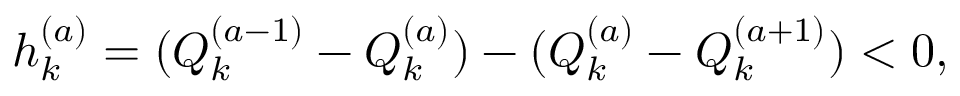
h _ { k } ^ { ( a ) } = ( Q _ { k } ^ { ( a - 1 ) } - Q _ { k } ^ { ( a ) } ) - ( Q _ { k } ^ { ( a ) } - Q _ { k } ^ { ( a + 1 ) } ) < 0 ,